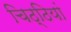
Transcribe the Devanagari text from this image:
चिठ्ठियां